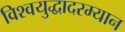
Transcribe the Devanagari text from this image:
विश्वयुद्धादरम्यान